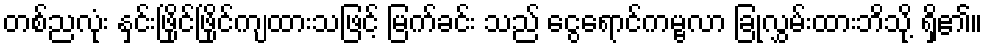
တစ်ညလုံး နှင်းဖြိုင်ဖြိုင်ကျထားသဖြင့် မြက်ခင်း သည် ငွေရောင်ကမ္ဗလာ ခြုံလွှမ်းထားဘိသို့ ရှိ၏။